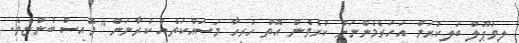
ލިވަޕޫލް ބަލިކުރަން އަހަރެމެންނަށް ކުރެވެން އޮތް ހުރިހާ މަސައްކަތެއް ކުރާނަން" މޮއިސް ބުންޏެވެ.